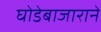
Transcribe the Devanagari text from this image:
घोडेबाजाराने